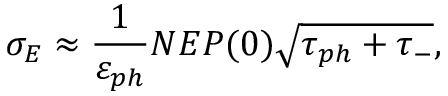
\sigma _ { E } \approx \frac { 1 } { \varepsilon _ { p h } } N E P ( 0 ) \sqrt { \tau _ { p h } + \tau _ { - } } ,